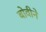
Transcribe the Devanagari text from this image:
बोवीने